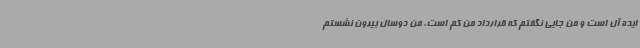
ایده آل است و من جایی نگفتم که قرارداد من کم است. من دوسال بیرون نشستم